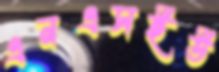
এনএসইউ